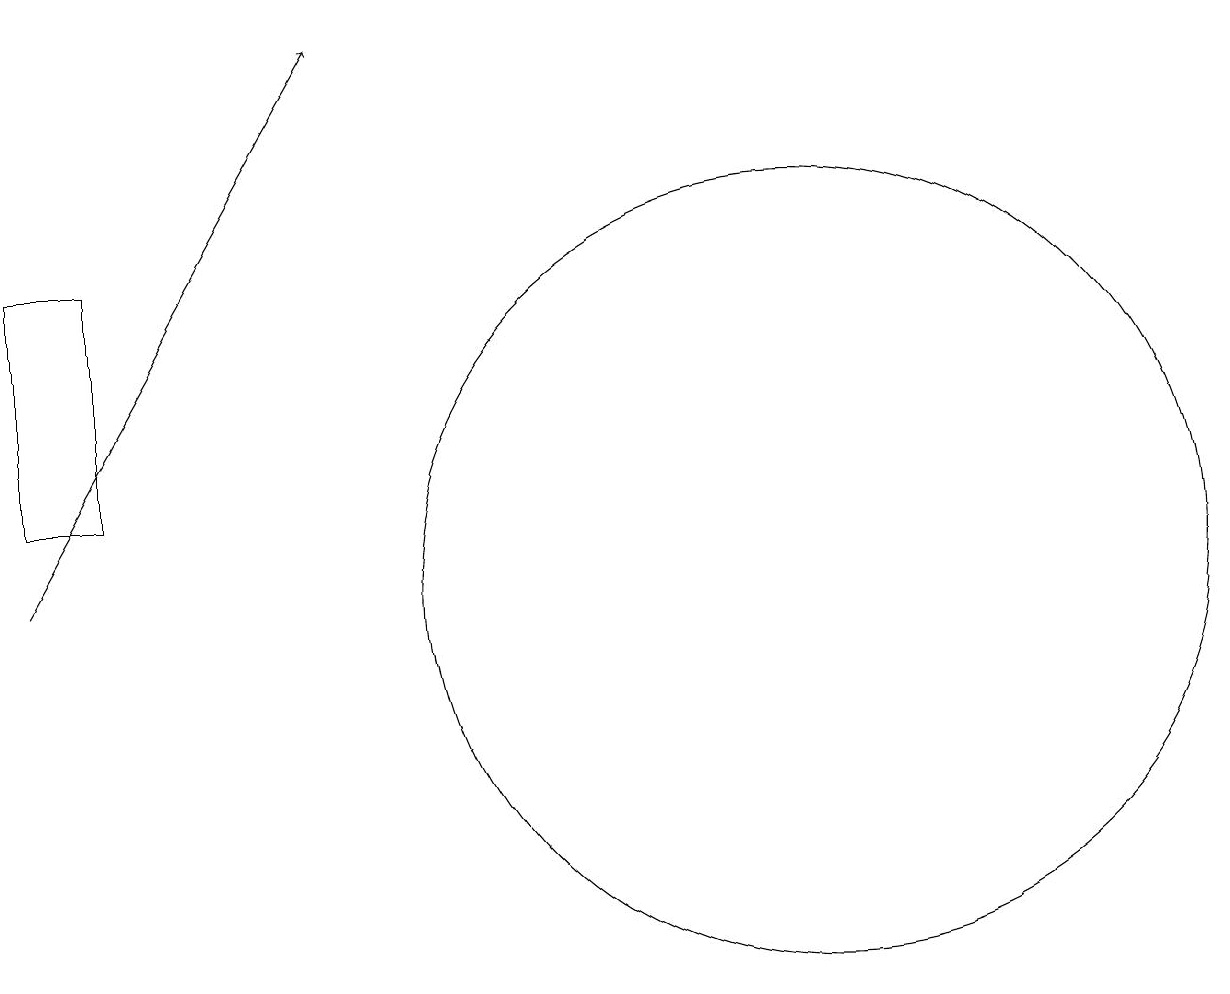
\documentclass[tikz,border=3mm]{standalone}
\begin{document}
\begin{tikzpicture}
\draw (10,10) circle (0);
\draw (2,11) rectangle (1,14);
\draw (11,10) circle (5);
\draw[->] (1,10) -- (5,17);
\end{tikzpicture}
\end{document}